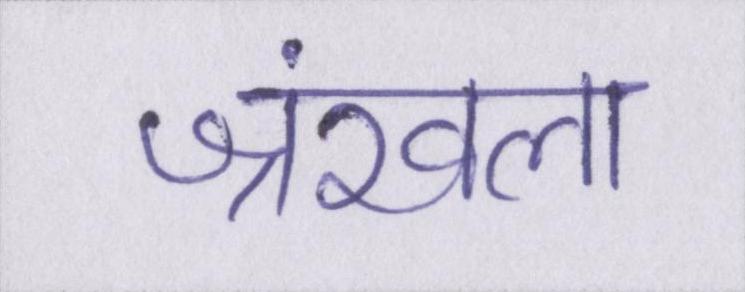
श्रंखला